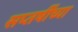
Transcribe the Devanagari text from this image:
सप्तर्षींच्या